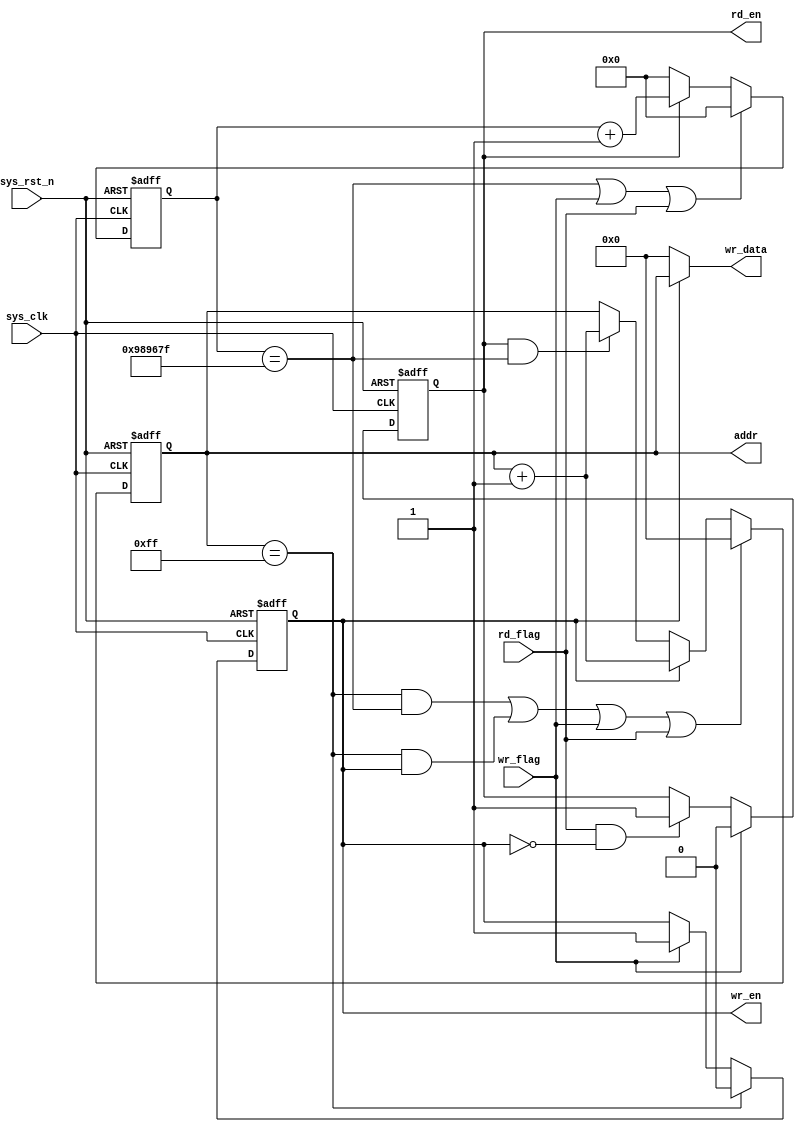
module ram_ctrl
#(
    parameter   CNT_MAX = 24'd9_999_999
)
(
    input       wire            sys_clk     ,
    input       wire            sys_rst_n   ,
    input       wire            rd_flag     ,
    input       wire            wr_flag     ,

    output      reg             rd_en       ,
    output      reg             wr_en       ,
    output      reg     [7:0]   addr        ,
    output      wire    [7:0]   wr_data     
);

reg     [23:0]      cnt_200ms;

always@(posedge sys_clk or negedge sys_rst_n)
    if(sys_rst_n == 1'b0)
        cnt_200ms <= 24'd0;
    else if((cnt_200ms == CNT_MAX)||(wr_flag == 1'b1)||(rd_flag ==1'b1))// 200ms or wr_button or rd_button pressed, start at 0.
        cnt_200ms <= 24'd0;
    else if(rd_en == 1'b1)
        cnt_200ms <= cnt_200ms + 1;
    else
        cnt_200ms <= 24'd0;

always@(posedge sys_clk or negedge sys_rst_n)
    if(sys_rst_n == 1'b0)
        rd_en <= 1'b0;
    else if(wr_flag == 1'b1)
        rd_en <= 1'b0;
    else if(rd_flag == 1'b1 && wr_en == 1'b0)
        rd_en <= 1'b1;
    else
        rd_en <= rd_en;

always@(posedge sys_clk or negedge sys_rst_n)
    if(sys_rst_n == 1'b0)
        wr_en <= 1'b0;
    else if(addr == 8'd255)
        wr_en <= 1'b0;
    else if(wr_flag == 1'b1)
        wr_en <= 1'b1;
    else
        wr_en <= wr_en;

always@(posedge sys_clk or negedge sys_rst_n)
    if(sys_rst_n == 1'b0)
        addr <= 8'd0;
    else if((addr == 8'd255 && cnt_200ms == CNT_MAX)
    ||(addr == 8'd255 && wr_en == 1'b1)||(wr_flag == 1'b1)||(rd_flag ==1'b1))
        addr <= 8'd0;
    else if(wr_en == 1'b1)
        addr <= addr + 1;
    else if ((rd_en == 1'b1) && (cnt_200ms == CNT_MAX))
        addr <= addr + 1;
    else
        addr <= addr;
        
assign wr_data = (wr_en == 1'b1) ? addr : 8'd0;


endmodule